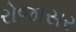
રોજાસર